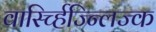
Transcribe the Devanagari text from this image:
वार्स्च्हिज्न्लिज्क